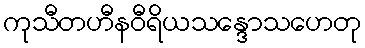
ကုသီတဟီနဝီရိယသန္ဒောသဟေတု